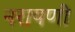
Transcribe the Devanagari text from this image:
नरायणी